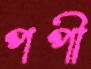
পপী